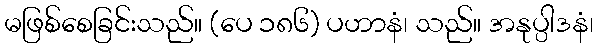
မဖြစ်စေခြင်းသည်။ (ပေ ၁၈၆) ပဟာနံ၊ သည်။ အနုပ္ပါဒနံ၊